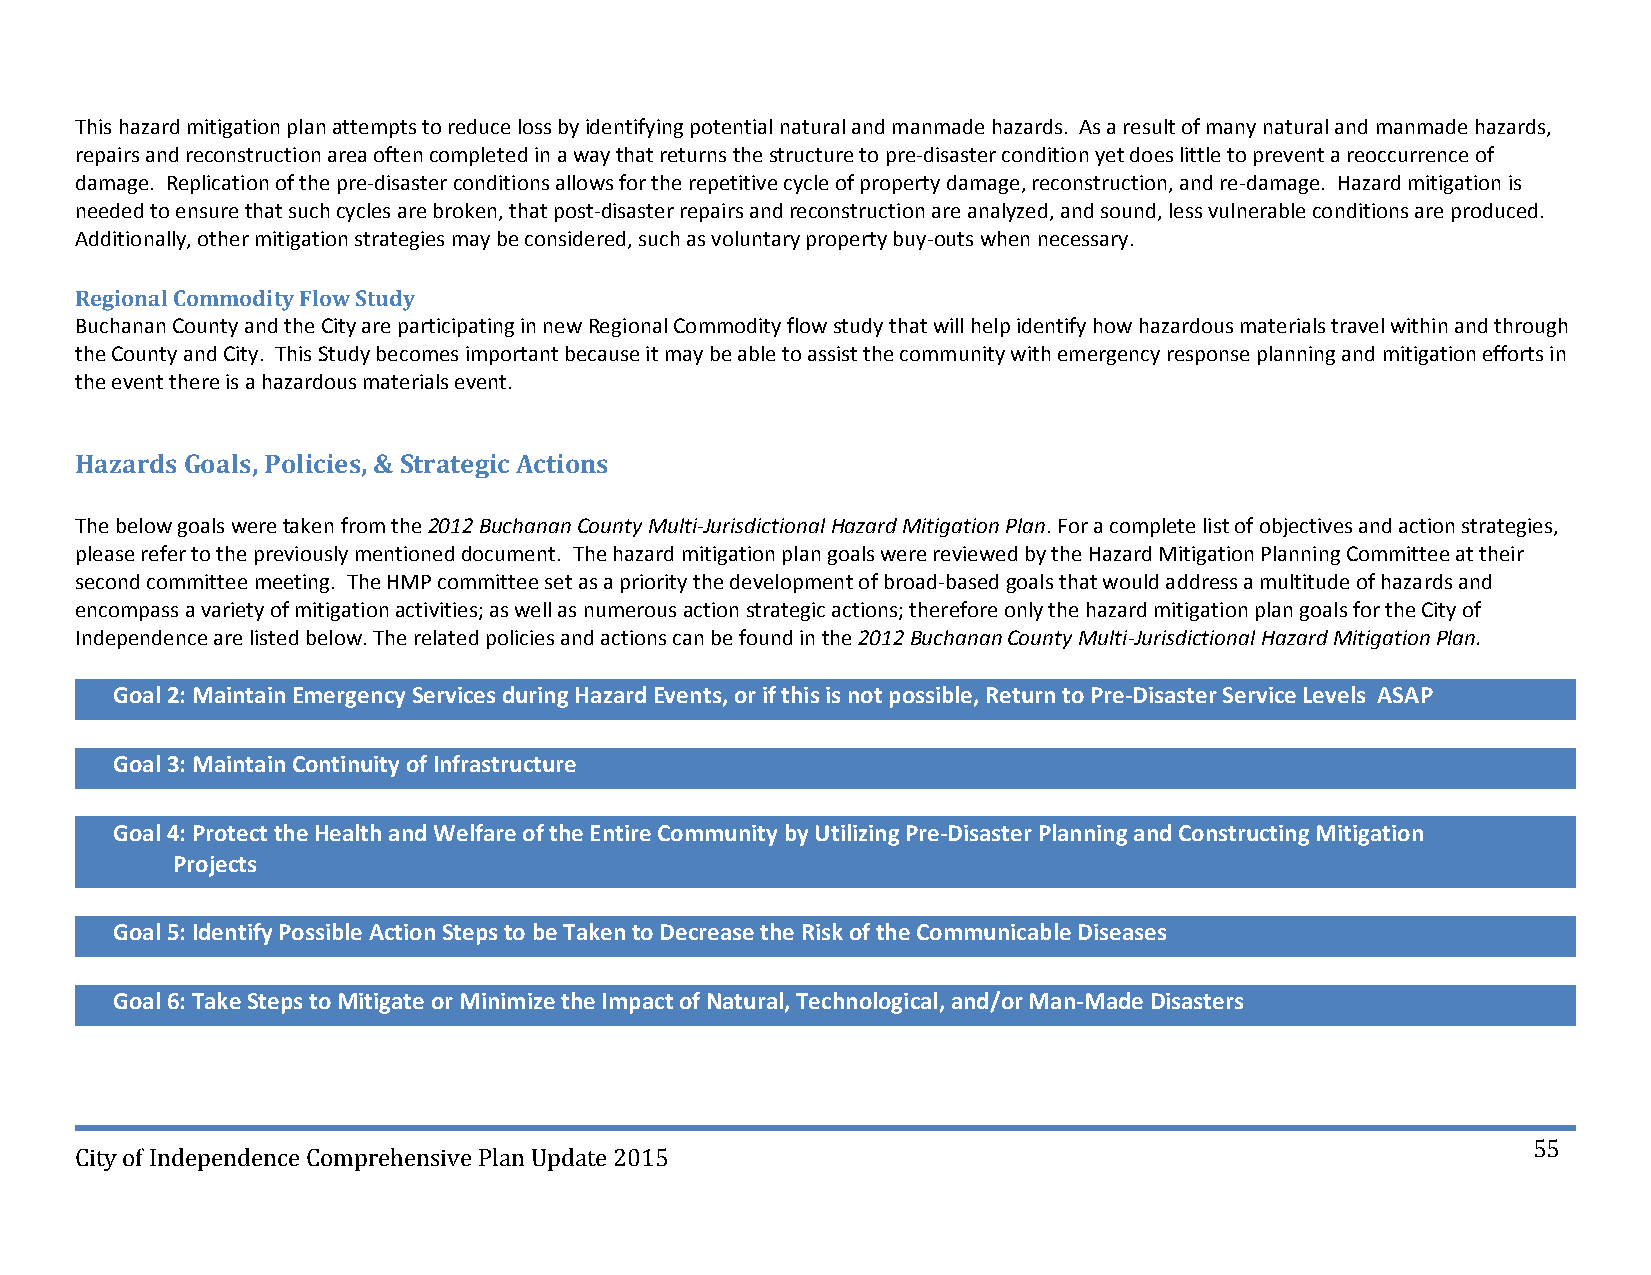
This hazard mitigation plan attempts to reduce loss by identifying potential natural and manmade hazards. As a result of many natural and manmade hazards,
 repairs and reconstruction area often completed in a way that returns the structure to pre‐disaster condition yet does little to prevent a reoccurrence of
 damage. Replication of the pre‐disaster conditions allows for the repetitive cycle of property damage, reconstruction, and re‐damage. Hazard mitigation is
 needed to ensure that such cycles are broken, that post‐disaster repairs and reconstruction are analyzed, and sound, less vulnerable conditions are produced.
 Additionally, other mitigation strategies may be considered, such as voluntary property buy‐outs when necessary.
 Regional Commodity Flow Study
 Buchanan County and the City are participating in new Regional Commodity flow study that will help identify how hazardous materials travel within and through
 the County and City. This Study becomes important because it may be able to assist the community with emergency response planning and mitigation efforts in
 the event there is a hazardous materials event.
 Hazards Goals, Policies, & Strategic Actions
 The below goals were taken from the 2012 Buchanan County Multi‐Jurisdictional Hazard Mitigation Plan. For a complete list of objectives and action strategies,
 please refer to the previously mentioned document. The hazard mitigation plan goals were reviewed by the Hazard Mitigation Planning Committee at their
 second committee meeting. The HMP committee set as a priority the development of broad‐based goals that would address a multitude of hazards and
 encompass a variety of mitigation activities; as well as numerous action strategic actions; therefore only the hazard mitigation plan goals for the City of
 Independence are listed below. The related policies and actions can be found in the 2012 Buchanan County Multi‐Jurisdictional Hazard Mitigation Plan.
 Goal 2: Maintain Emergency Services during Hazard Events, or if this is not possible, Return to Pre‐Disaster Service Levels ASAP
 Goal 3: Maintain Continuity of Infrastructure
 Goal 4: Protect the Health and Welfare of the Entire Community by Utilizing Pre‐Disaster Planning and Constructing Mitigation
 Projects
 Goal 5: Identify Possible Action Steps to be Taken to Decrease the Risk of the Communicable Diseases
 Goal 6: Take Steps to Mitigate or Minimize the Impact of Natural, Technological,and/or Man‐Made Disasters
 55
 City of Independence Comprehensive Plan Update 2015